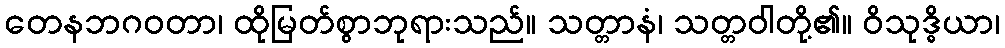
တေနဘဂဝတာ၊ ထိုမြတ်စွာဘုရားသည်။ သတ္တာနံ၊ သတ္တဝါတို့၏။ ဝိသုဒ္ဓိယာ၊